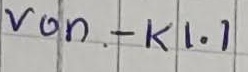
Text: von - K1.1